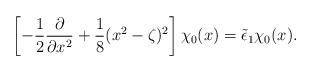
LaTeX: \begin{align*}\left[ - \frac12 \frac{\partial}{\partial x^2} + \frac18(x^2-\zeta)^2\right] \chi_0(x) = \tilde{\epsilon}_1\chi_0(x).\end{align*}